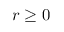
r \ge 0